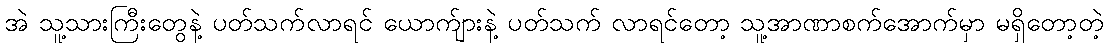
အဲ သူ့သားကြီးတွေနဲ့ ပတ်သက်လာရင် ယောက်ျားနဲ့ ပတ်သက် လာရင်တော့ သူ့အာဏာစက်အောက်မှာ မရှိတော့တဲ့